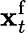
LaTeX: {\mathbf x}_{t}^{\mathrm{f}}